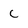
Character: C